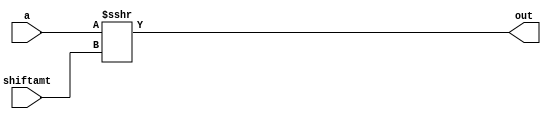
module SRA_behaviour(a, shiftamt, out);

	input [31:0] a;
	input [4:0] shiftamt;
	output [31:0] out;
	
	assign out = a >>> shiftamt;

endmodule